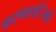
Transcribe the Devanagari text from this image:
करणार्यांेकडेे